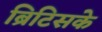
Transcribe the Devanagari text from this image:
ब्रिटिसके